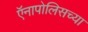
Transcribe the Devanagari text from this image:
ऍनापोलिसच्या